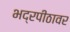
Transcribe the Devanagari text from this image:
भद्रपीठावर